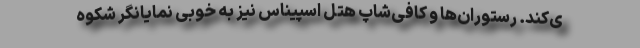
ی‌کند. رستوران‌ها و کافی‌شاپ هتل اسپیناس نیز به خوبی نمایانگر شکوه